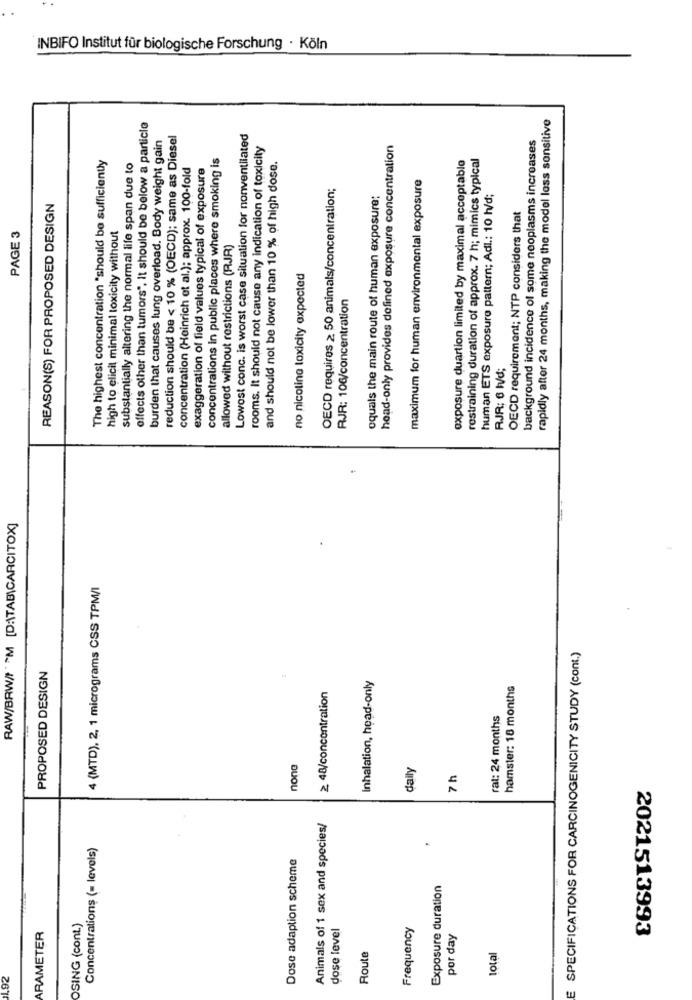
INBIFO Institut für biologische Forschung · Köln
rapidly after 24 months, making the model loss sensitive
effects other than tumors", It should be below a particle
burden that causes lung overload. Body weight gain
reduction should be < 10 % (OECD); same as Diesel
Lowost conc. is worst case situation for nonventilated
background incidence of some neoplasms increases
rooms. It should not cause any indication of toxicity
head-only provides defined exposure concentration
The highest concentration "should be sufficiently
concentrations in public places where smoking is
restraining duration of approx. 7 h; mimics typical
substantially altering the normal life span due to
concentration (Heinrich et al.); approx. 100-fold
exaggeration of field values typical of exposure
and should not be lower than 10 % of high dose.
exposure duartion limited by maximal acceptable
maximum for human environmental exposure
OECD requires ≥ 50 animals/concentration;
equals the main route of human exposure;
human ETS exposure pattern; Adl .: 10 h/d;
REASON(S) FOR PROPOSED DESIGN
OECD requirement; NTP considers that
PAGE 3
high to elicit minimal toxicity without
allowed without restrictions (RJR)
no nicoline toxicity expected
RJR: 106/concentration
RJR: 6 l/d;
RAW/BRW/I'M [D:\TAB\CARCITOX]
4 (MTD), 2, 1 micrograms CSS TPM/I
E SPECIFICATIONS FOR CARCINOGENICITY STUDY (cont.)
PROPOSED DESIGN
Inhalation, head-only
≥ 48/concentration
hamster: 18 months
rat: 24 months
none
daily
7 h
Animals of 1 sex and species/
Concentrations (= levels)
Dose adaption scheme
Exposure duration
OSING (cont.)
dose level
Frequency
ARAMETER
por day
2021513993
Route
total
1.92